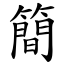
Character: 簡